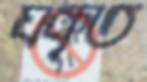
যকৃত